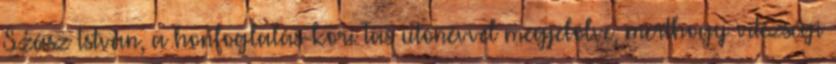
Szász István, a honfoglalás-kori Tas utónévvel megjelölve, merthogy vitézségi